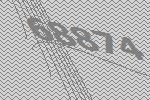
68874